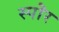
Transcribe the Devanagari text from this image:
स्पॊर